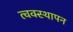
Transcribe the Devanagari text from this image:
त्वक्स्थापन